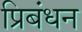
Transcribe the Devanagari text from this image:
प्रिबंधन